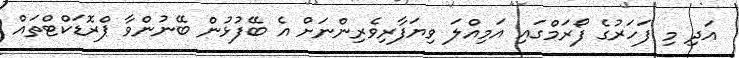
އަދި މި ފަހަރުގެ ފޯރަމްގައި އަމިއްލަ ވިޔަފާރިވެރިންނަށް އެ ބޭފުޅުން ބޭނުންވާ ޕްރޮޑަކްޓްތައް